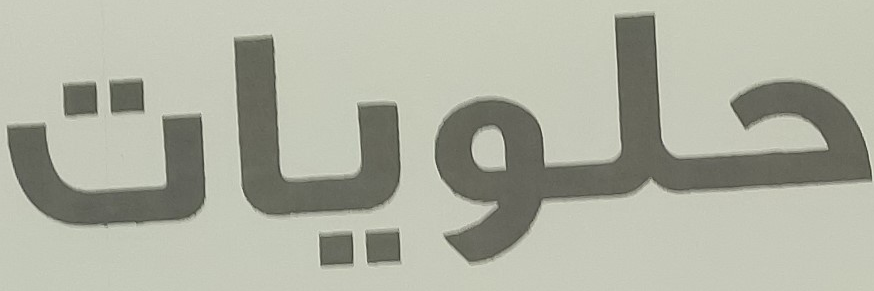
حلويات